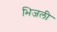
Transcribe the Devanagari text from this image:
भिजली